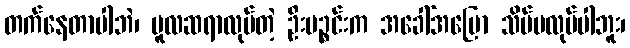
တက်နေတာပါဘဲ၊ မူလဆရာလုပ်တဲ့ ဦးပဉ္စင်းက အခေါ်အပြော သိပ်မလုပ်ပါဘူး၊